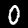
Label: 0